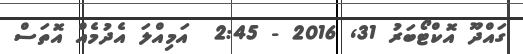
ގައްދޫ އޮކްޓޯބަރު 31